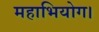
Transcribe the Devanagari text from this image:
महाभियोग।